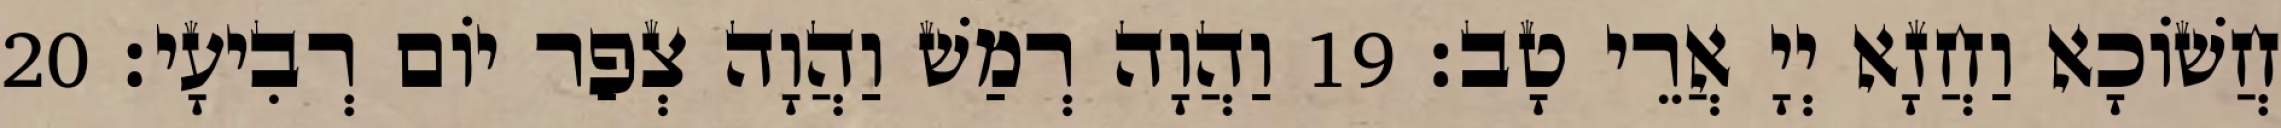
חֲשׁוֹכָא וַחֲזָא יְיָ אֲרֵי טָב׃ 19 וַהֲוָה רְמַשׁ וַהֲוָה צְפַר יוֹם רְבִיעָי׃ 20